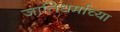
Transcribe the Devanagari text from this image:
जातिधर्माच्या